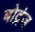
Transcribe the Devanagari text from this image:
बोट्रंज